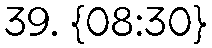
39. {08:30}